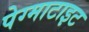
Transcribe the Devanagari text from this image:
पेग्माटाइट